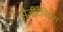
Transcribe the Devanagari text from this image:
सैजीटेरियस